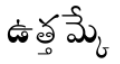
ఉత్తమ్కే